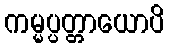
ကမ္မပ္ပတ္တာယောပိ